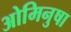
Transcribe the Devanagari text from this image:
ओमिनुषा